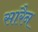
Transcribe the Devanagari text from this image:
सारैन